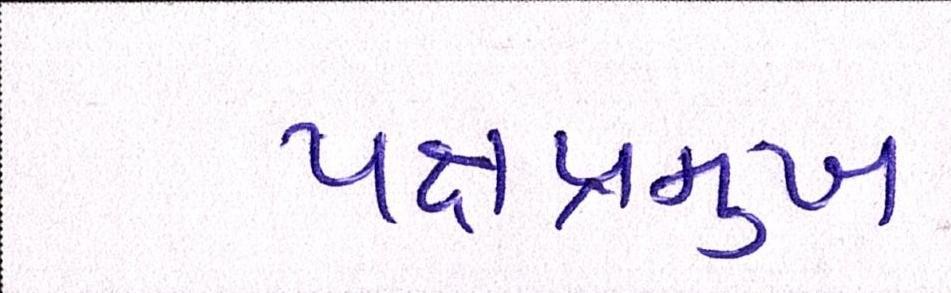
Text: પક્ષપ્રમુખ